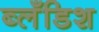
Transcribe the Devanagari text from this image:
ब्लँडिश